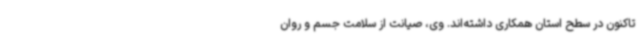
تاکنون در سطح استان همکاری داشته‌اند. وی، صیانت از سلامت جسم و روان